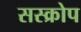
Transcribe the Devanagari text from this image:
सस्क्रोप